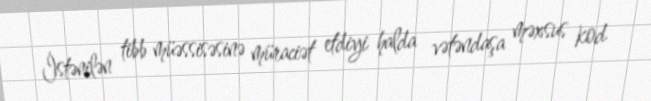
İstənilən tibb müəssisəsinə müraciət etdiyi halda vətəndaşa məxsus kod